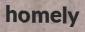
homely